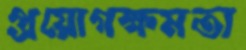
প্রয়োগক্ষমতা